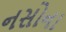
નસોના